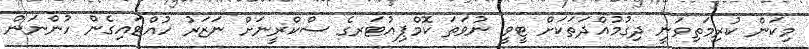
މިކަން ކުރިމަތިވަނީ ދިގުމުއްދަތަކަށް ޓީވީ ނުވަތަ ކޮމްޕިއުޓަރގެ ސްކްރީނަށް ނަޒަރު ހުއްޓައިގެން ހުންނަން